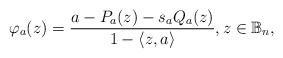
\begin{align*}\varphi_a(z)=\dfrac{a-P_a(z)-s_aQ_a(z)}{1-\langle z,a\rangle}, z\in \mathbb{B}_n,\end{align*}